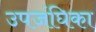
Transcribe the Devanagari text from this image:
उपजंघिका